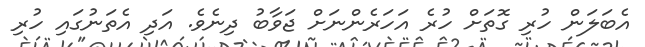
އެބަލަން ހުރި ގޮތަށް ހުރެ އަހަރެންނަށް ޖަވާބު ދިނެވެ. އަދި އެތަނުގައި ހުރި